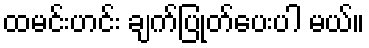
ထမင်းဟင်း ချက်ပြုတ်ပေးပါ မယ်။